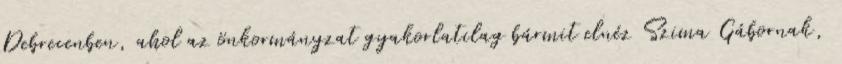
Debrecenben, ahol az önkormányzat gyakorlatilag bármit elnéz Szima Gábornak,